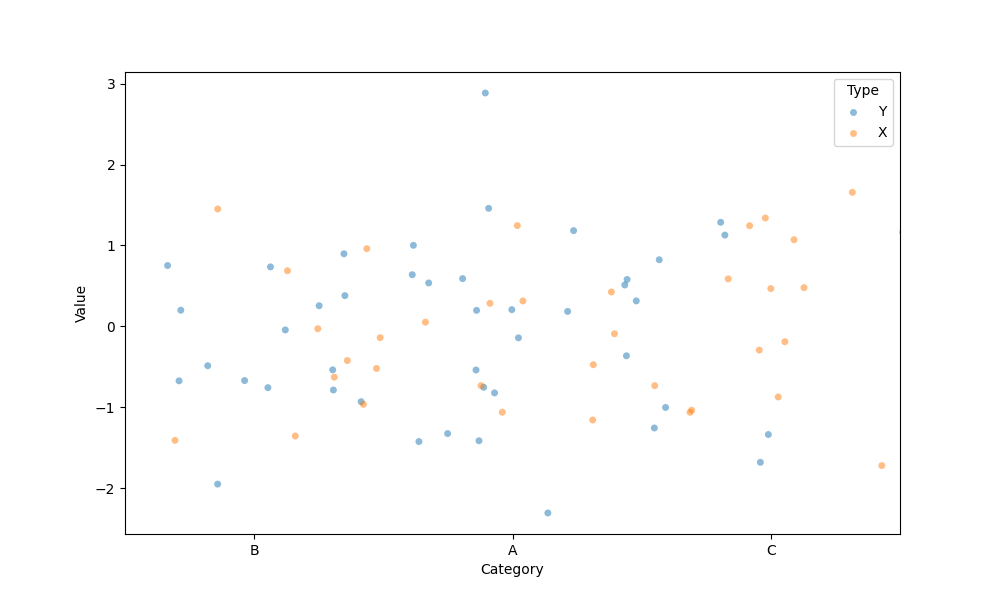
python, seaborn, stripplot, jitter=True, dodge=False, alpha=0.5, size=5